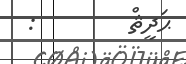
ޙަދީޘް        :